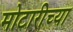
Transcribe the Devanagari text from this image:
मोटारीच्या